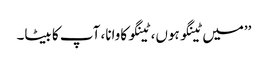
’’میں ٹینگو ہوں، ٹینگو کاوانا، آپ کا بیٹا۔